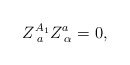
\begin{align*}Z_{\;a}^{A_1}Z_{\;\alpha }^a=0,\end{align*}